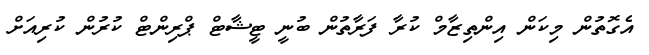
އެގޮތުން މިކަން އިންތިޒާމް ކުރާ ފަރާތުން ބުނީ ޓީޝާޓް ޕްރިންޓް ކުރުން ކުރިއަށް